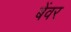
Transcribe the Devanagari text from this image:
बेंवर